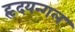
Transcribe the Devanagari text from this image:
हृदयन्गल